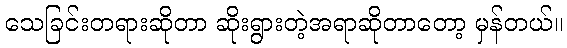
သေခြင်းတရားဆိုတာ ဆိုးရွားတဲ့အရာဆိုတာတော့ မှန်တယ်။